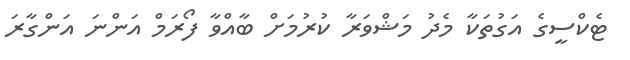
ޓެކްސީގެ އަގުތަކާ މެދު މަޝްވަރާ ކުރުމަށް ބާއްވާ ފޯރަމް އަންނަ އަންގާރަ